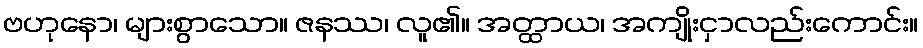
ဗဟုနော၊ များစွာသော။ ဇနဿ၊ လူ၏။ အတ္ထာယ၊ အကျိုးငှာလည်းကောင်း။